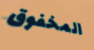
المخفوق